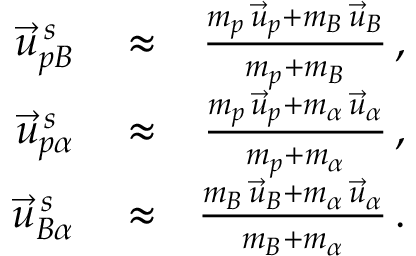
\begin{array} { r l r } { \vec { u } _ { p B } ^ { \, s } } & { { } \approx } & { \frac { m _ { p } \, \vec { u } _ { p } + m _ { B } \, \vec { u } _ { B } } { m _ { p } + m _ { B } } \, , } \\ { \vec { u } _ { p \alpha } ^ { \, s } } & { { } \approx } & { \frac { m _ { p } \, \vec { u } _ { p } + m _ { \alpha } \, \vec { u } _ { \alpha } } { m _ { p } + m _ { \alpha } } \, , } \\ { \vec { u } _ { B \alpha } ^ { \, s } } & { { } \approx } & { \frac { m _ { B } \, \vec { u } _ { B } + m _ { \alpha } \, \vec { u } _ { \alpha } } { m _ { B } + m _ { \alpha } } \, . } \end{array}